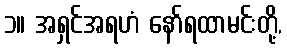
၁။ အရှင်အရဟံ နော်ရထာမင်းတို့,